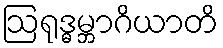
ဩရုဒ္ဓမ္ဘာဂိယာတိ